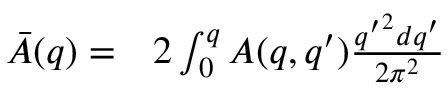
\begin{array} { r l } { \bar { A } ( q ) = } & { { } 2 \int _ { 0 } ^ { q } A ( q , q ^ { \prime } ) \frac { { q ^ { \prime } } ^ { 2 } d q ^ { \prime } } { 2 \pi ^ { 2 } } } \end{array}